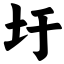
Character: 圩